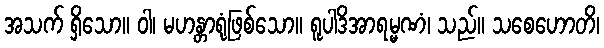
အသက် ရှိသော။ ဝါ၊ မဟန္တာရုံဖြစ်သော။ ရူပါဒိအာရမ္မဏံ၊ သည်။ သစေဟောတိ၊